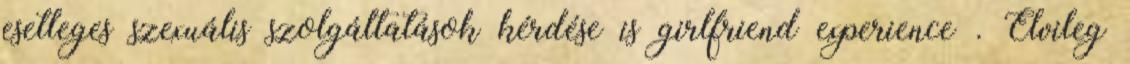
esetleges szexuális szolgáltatások kérdése is girlfriend experience . Elvileg